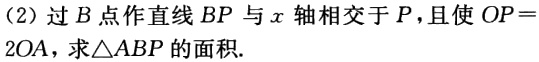
(2) 过\(B\)点作直线\(BP\)与\(x\)轴相交于\(P\)，且使\(OP = 2OA\)，求\(\triangle ABP\)的面积.